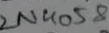
Text: 2N4058